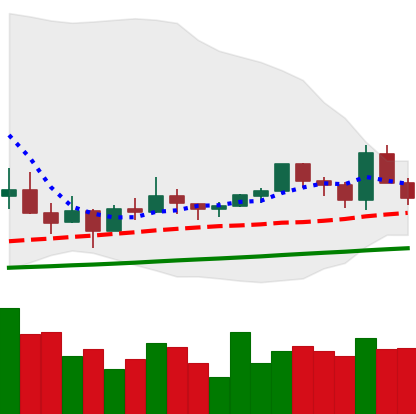
Ticker: EOS-USD
Chart end date: 2021-03-15
Forward return: 13.799%
Label: up_7plus